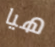
هيا